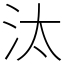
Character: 汰